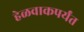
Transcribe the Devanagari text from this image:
हेळवाकपर्यंत